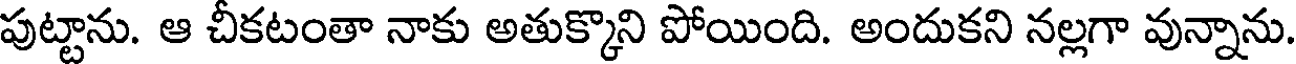
పుట్టాను. ఆ చీకటంతా నాకు అతుక్కొని పోయింది. అందుకని నల్లగా వున్నాను.